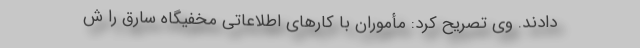
دادند. وی تصریح کرد: مأموران با کارهای اطلاعاتی مخفیگاه سارق را ش